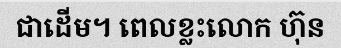
ជាដើម។ ពេលខ្លះលោក ហ៊ុន